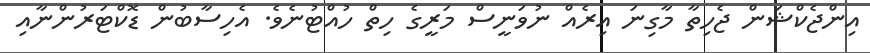
އިންޖެކްޝަން ޖެހިތާ މާގިނަ އިރެއް ނުވަނީސް މަރީގެ ހިތް ހުއްޓުނެވެ. އެހިސާބުން ޑޮކްޓަރުންނާއި